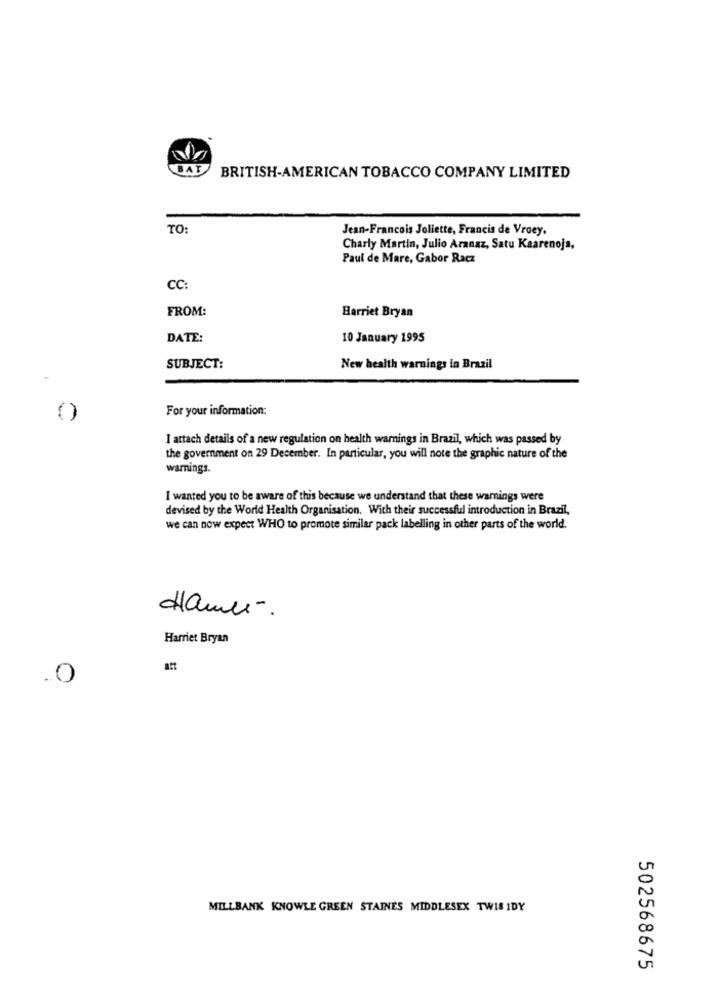
BAT
BRITISH-AMERICAN TOBACCO COMPANY LIMITED
TO:
Jean-Francois Joliette, Francis de Vroey.
Charly Martin, Julio Aranaz, Satu Kaarenoja,
Paul de Mare, Gabor Racz
CC:
FROM:
Harriet Bryan
DATE:
10 January 1995
SUBJECT:
New health warnings in Brazil
For your information:
I attach details of a new regulation on health warnings in Brazil, which was passed by
the government on 29 December. In particular, you will note the graphic nature of the
warnings.
I wanted you to be aware of this because we understand that these warnings were
devised by the World Health Organisation. With their successful introduction in Brazil,
we can now expect WHO to promote similar pack labelling in other parts of the world.
dame -.
Harriet Bryan
.0
0
MILLBANK KNOWLE GREEN STAINES MIDDLESEX TWIS IDY
0
Un
502568675